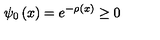
\psi _ { 0 } \left( x \right) = e ^ { - \rho \left( x \right) } \geq 0